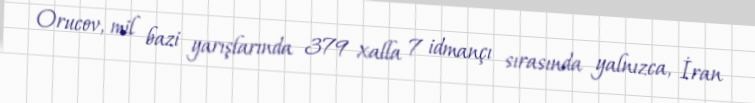
Orucov, mil bazi yarışlarında 379 xalla 7 idmançı sırasında yalnızca, İran